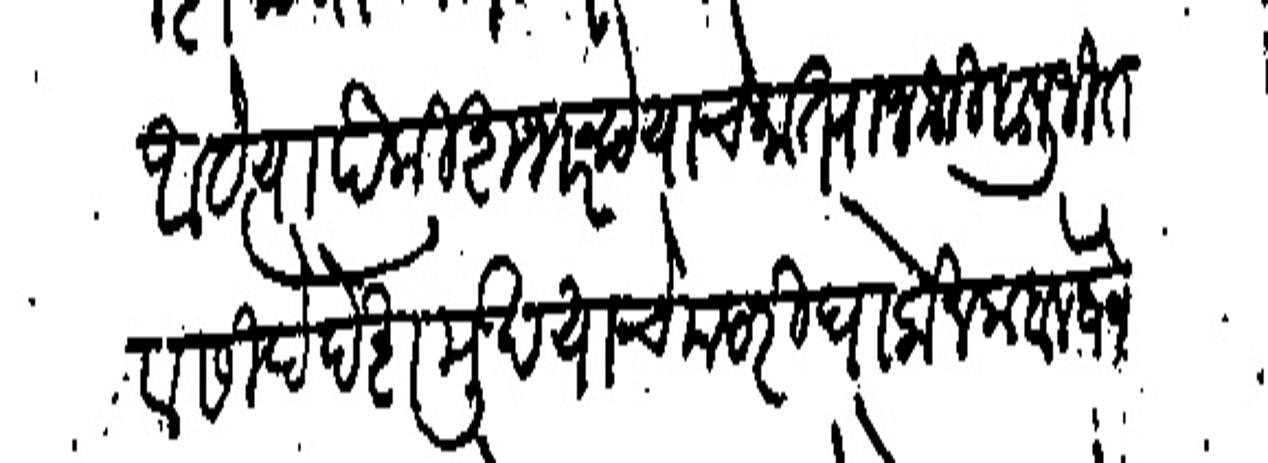
Transliteration (Devanagari): आहे त्यापैकी शभर रूपेयाचे भात राजश्री बापुजी राव सिदे देशमुख याचे पदरी घालोन कबज घेणे